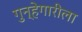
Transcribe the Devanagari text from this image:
गुन्हेगारीला